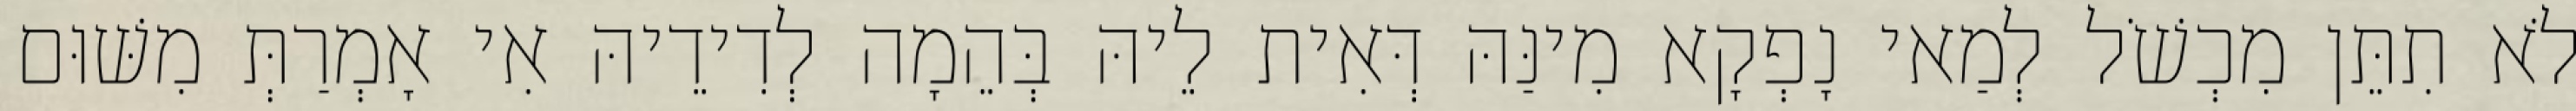
לֹא תִתֵּן מִכְשֹׁל לְמַאי נָפְקָא מִינַּהּ דְּאִית לֵיהּ בְּהֵמָה לְדִידֵיהּ אִי אָמְרַתְּ מִשּׁוּם